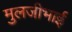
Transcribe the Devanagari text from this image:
मुलजीभाई